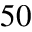
5 0